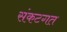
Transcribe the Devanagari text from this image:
संकटगत